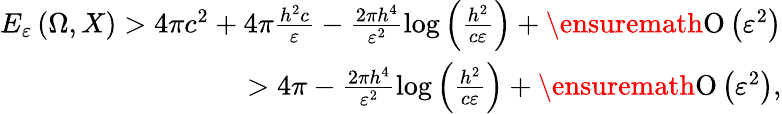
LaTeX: \begin{array}{r}{E_{\varepsilon}\left(\Omega,X\right)>4\pi c^{2}+4\pi\frac{h^{2}c}{\varepsilon}-\frac{2\pi h^{4}}{\varepsilon^{2}}\log{\left(\frac{h^{2}}{c\varepsilon}\right)}+\ensuremath{\operatorname{O}\left(\varepsilon^{2}\right)}}\\ {>4\pi-\frac{2\pi h^{4}}{\varepsilon^{2}}\log{\left(\frac{h^{2}}{c\varepsilon}\right)}+\ensuremath{\operatorname{O}\left(\varepsilon^{2}\right)},}\end{array}